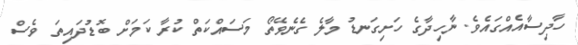
ހާދިސާއެއްގައެވެ. ނާހިދާގެ ހަށިގަނޑު މާލެ ގެނެވޭތޯ މަސައްކަތް ކުރާ ކަމަށް ބޮޑުދައިތަ ވެސް